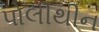
પોલીથીન